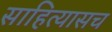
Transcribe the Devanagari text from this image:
साहित्यासच